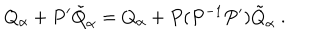
Q _ { \alpha } + P ^ { \prime } { \tilde { Q } } _ { \alpha } = Q _ { \alpha } + P ( P ^ { - 1 } P ^ { \prime } ) { \tilde { Q } } _ { \alpha } \ .